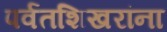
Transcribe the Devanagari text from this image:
पर्वतशिखरांना